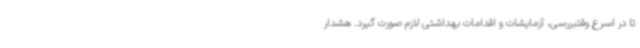
تا در اسرع وقتبررسی، آزمایشات و اقدامات بهداشتی لازم صورت گیرد. هشدار